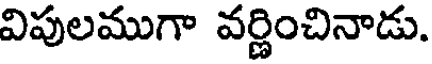
విపులముగా వర్ణించినాడు.